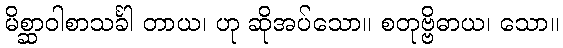
မိစ္ဆာဝါစာသင်္ခါ တာယ၊ ဟု ဆိုအပ်သော။ စတုဗ္ဗိဓာယ၊ သော။